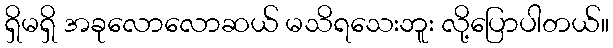
ရှိမရှိ အခုလောလောဆယ် မသိရသေးဘူး လို့ပြောပါတယ်။